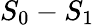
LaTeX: S_{0}-S_{1}